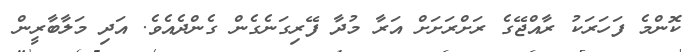
ކޮންމެ ފަހަރަކު ރާއްޖޭގެ ރަށްރަށަށް އަރާ މުދާ ފޭރިގަނެގެން ގެންދެއެވެ. އަދި މަލާބާރީން